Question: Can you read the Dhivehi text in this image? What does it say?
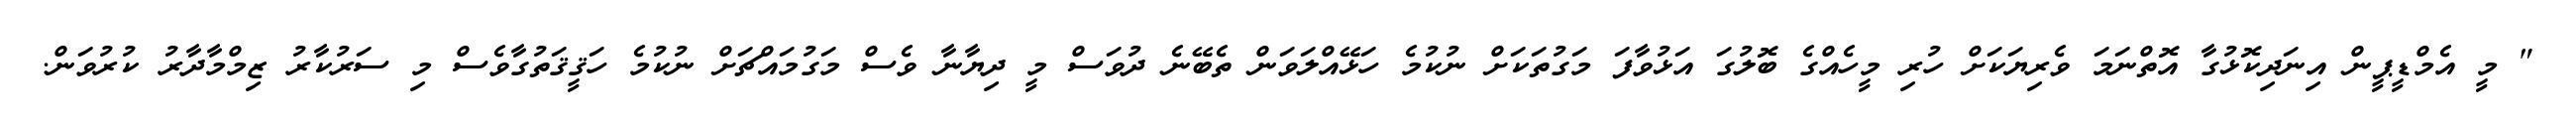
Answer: " މީ އެމްޑީޕީން އިނަދިކޮޅުގާ އޮތްނަމަ ވެރިޔަކަށް ހުރި މީހެއްގެ ބޮލުގަ އަޅުވާފަ މަގުތަކަށް ނުކުމެ ހަޅޭއްލަވަން ތެބޭނެ ދުވަސް މީ ދިޔާނާ ވެސް މަގުމައްޗަށް ނުކުމެ ހަޤީޤަތުގާވެސް މި ސަރުކާރު ޒިމްމާދާރު ކުރުވަން.